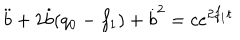
LaTeX: \ddot { b } + 2 \dot { b } ( q _ { 0 } - f _ { 1 } ) + \dot { b } ^ { 2 } = c e ^ { 2 f _ { 1 } t }